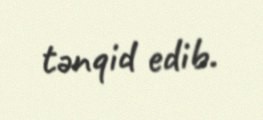
tənqid edib.